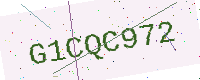
Text: G1CQC972